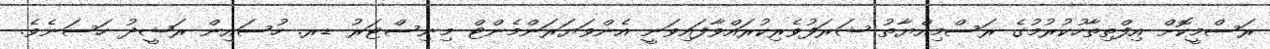
ރަސްމީކޮށް އިފްތިތާހުކުރުމުގެ ރަސްމިއްޔާތު ޝަރަފުވެރިކުރައްވާފައިވަނީ އެންވަޔަރަންމެންޓް މިނިސްޓަރު ޑރ. ހުސައިން ރަޝީދު ހަސަނެވެ.